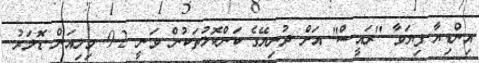
އިންޑިޔާ ފިޔަވާ "ރައީސް" އަށް ދުނިޔޭގެ ކަންކޮޅުތަކުން ވަނީ 9.2 މިލިއަން ޑޮލަރު